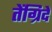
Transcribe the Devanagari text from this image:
तेंग्रिदे